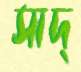
সাদ্